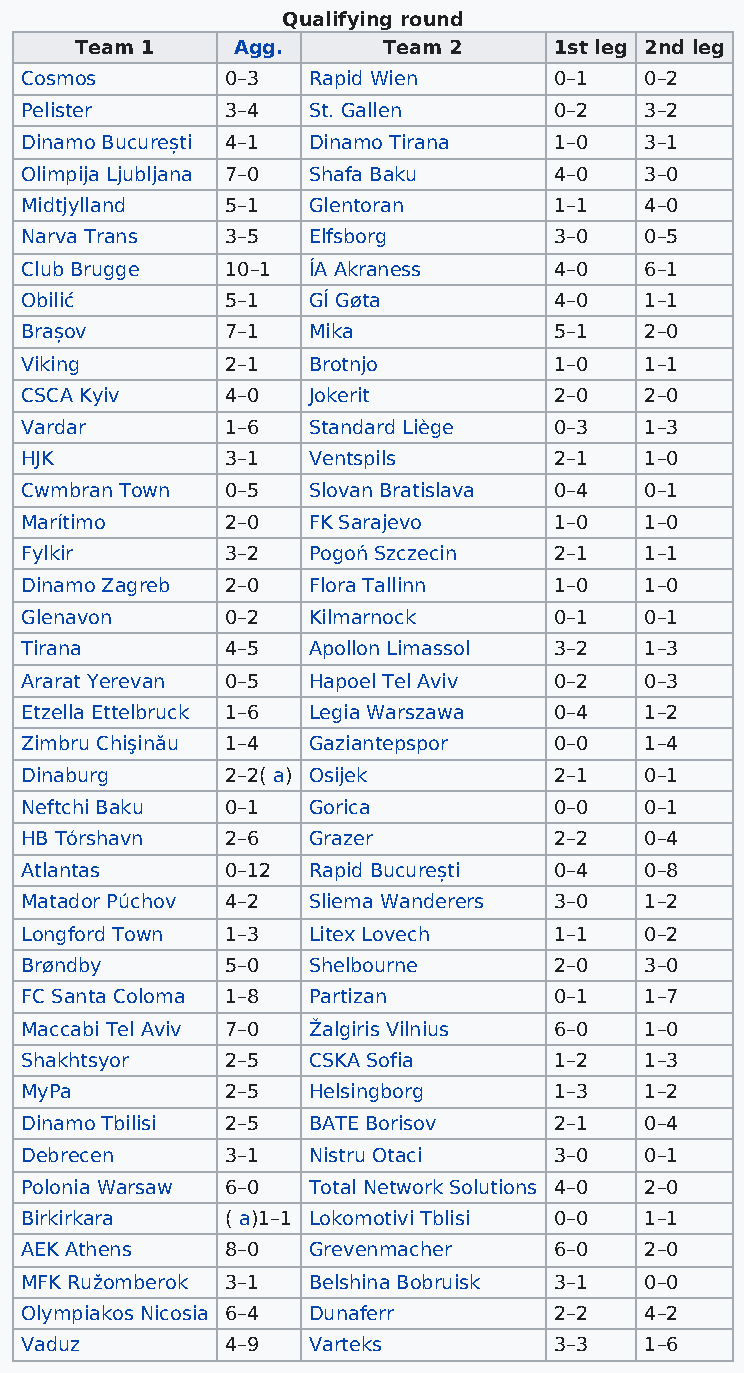
Qualifying round
 Team 1    Agg.      Team 2      1st leg 2nd leg
 Cosmos        0–3  Rapid Wien       0–1   0–2
 Pelister      3–4  St. Gallen       0–2   3–2
 Dinamo București 4–1 Dinamo Tirana  1–0   3–1
 Olimpija Ljubljana 7–0 Shafa Baku   4–0   3–0
 Midtjylland   5–1  Glentoran        1–1   4–0
 Narva Trans   3–5  Elfsborg         3–0   0–5
 Club Brugge   10–1 ÍA Akraness      4–0   6–1
 Obilić        5–1  GÍ Gøta          4–0   1–1
 Brașov        7–1  Mika             5–1   2–0
 Viking        2–1  Brotnjo          1–0   1–1
 CSCA Kyiv     4–0  Jokerit          2–0   2–0
 Vardar        1–6  Standard Liège   0–3   1–3
 HJK           3–1  Ventspils        2–1   1–0
 Cwmbran Town  0–5  Slovan Bratislava 0–4  0–1
 Marítimo      2–0  FK Sarajevo      1–0   1–0
 Fylkir        3–2  Pogoń Szczecin   2–1   1–1
 Dinamo Zagreb 2–0  Flora Tallinn    1–0   1–0
 Glenavon      0–2  Kilmarnock       0–1   0–1
 Tirana        4–5  Apollon Limassol 3–2   1–3
 Ararat Yerevan 0–5 Hapoel Tel Aviv  0–2   0–3
 Etzella Ettelbruck 1–6 Legia Warszawa 0–4 1–2
 Zimbru Chişinău 1–4 Gaziantepspor   0–0   1–4
 Dinaburg      2–2( a) Osijek        2–1   0–1
 Neftchi Baku  0–1  Gorica           0–0   0–1
 HB Tórshavn   2–6  Grazer           2–2   0–4
 Atlantas      0–12 Rapid București  0–4   0–8
 Matador Púchov 4–2 Sliema Wanderers 3–0   1–2
 Longford Town 1–3  Litex Lovech     1–1   0–2
 Brøndby       5–0  Shelbourne       2–0   3–0
 FC Santa Coloma 1–8 Partizan        0–1   1–7
 Maccabi Tel Aviv 7–0 Žalgiris Vilnius 6–0 1–0
 Shakhtsyor    2–5  CSKA Sofia       1–2   1–3
 MyPa          2–5  Helsingborg      1–3   1–2
 Dinamo Tbilisi 2–5 BATE Borisov     2–1   0–4
 Debrecen      3–1  Nistru Otaci     3–0   0–1
 Polonia Warsaw 6–0 Total Network Solutions 4–0 2–0
 Birkirkara    ( a)1–1 Lokomotivi Tblisi 0–0 1–1
 AEK Athens    8–0  Grevenmacher     6–0   2–0
 MFK Ružomberok 3–1 Belshina Bobruisk 3–1  0–0
 Olympiakos Nicosia 6–4 Dunaferr     2–2   4–2
 Vaduz         4–9  Varteks          3–3   1–6